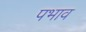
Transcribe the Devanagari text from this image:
पभाव